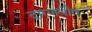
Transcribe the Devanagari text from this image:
दारणवौष